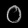
Digit: ၀